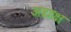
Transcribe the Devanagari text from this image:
अद्याक्ष